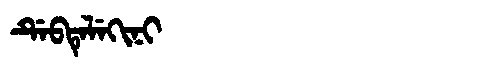
Manchu: ᡩᡝᠪᡨᡝᠯᡝᡴᡳᠨᡳ
Romanization: DEBTELEKINI